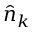
\hat { n } _ { k }